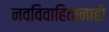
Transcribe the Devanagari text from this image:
नवविवाहितांनाही